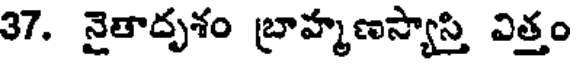
37. నైతాదృశం బ్రాహ్మణస్యాస్తి విత్తం